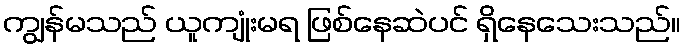
ကျွန်မသည် ယူကျုံးမရ ဖြစ်နေဆဲပင် ရှိနေသေးသည်။